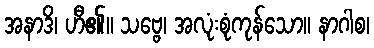
အနာဒိ၊ ဟီ၏။ သဗ္ဗေ၊ အလုံးစုံကုန်သော။ နာဂါစ၊